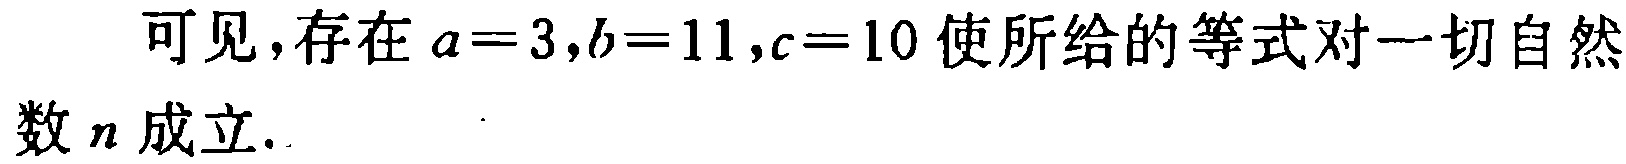
可见，存在\(a = 3,b = 11,c = 10\)使所给的等式对一切自然数\(n\)成立.